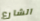
الشارع